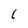
Character: 1